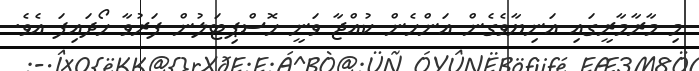
މި މާރާމާރީގައި އަނިޔާވެގެން އަންހެން ކުއްޖާ ވަނީ ހޮސްޕިޓަލުން ފަރުވާ ހޯދައިފަ އެވެ.